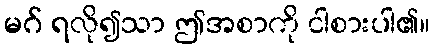
မဂ် ရလို၍သာ ဤအစာကို ငါစားပါ၏။